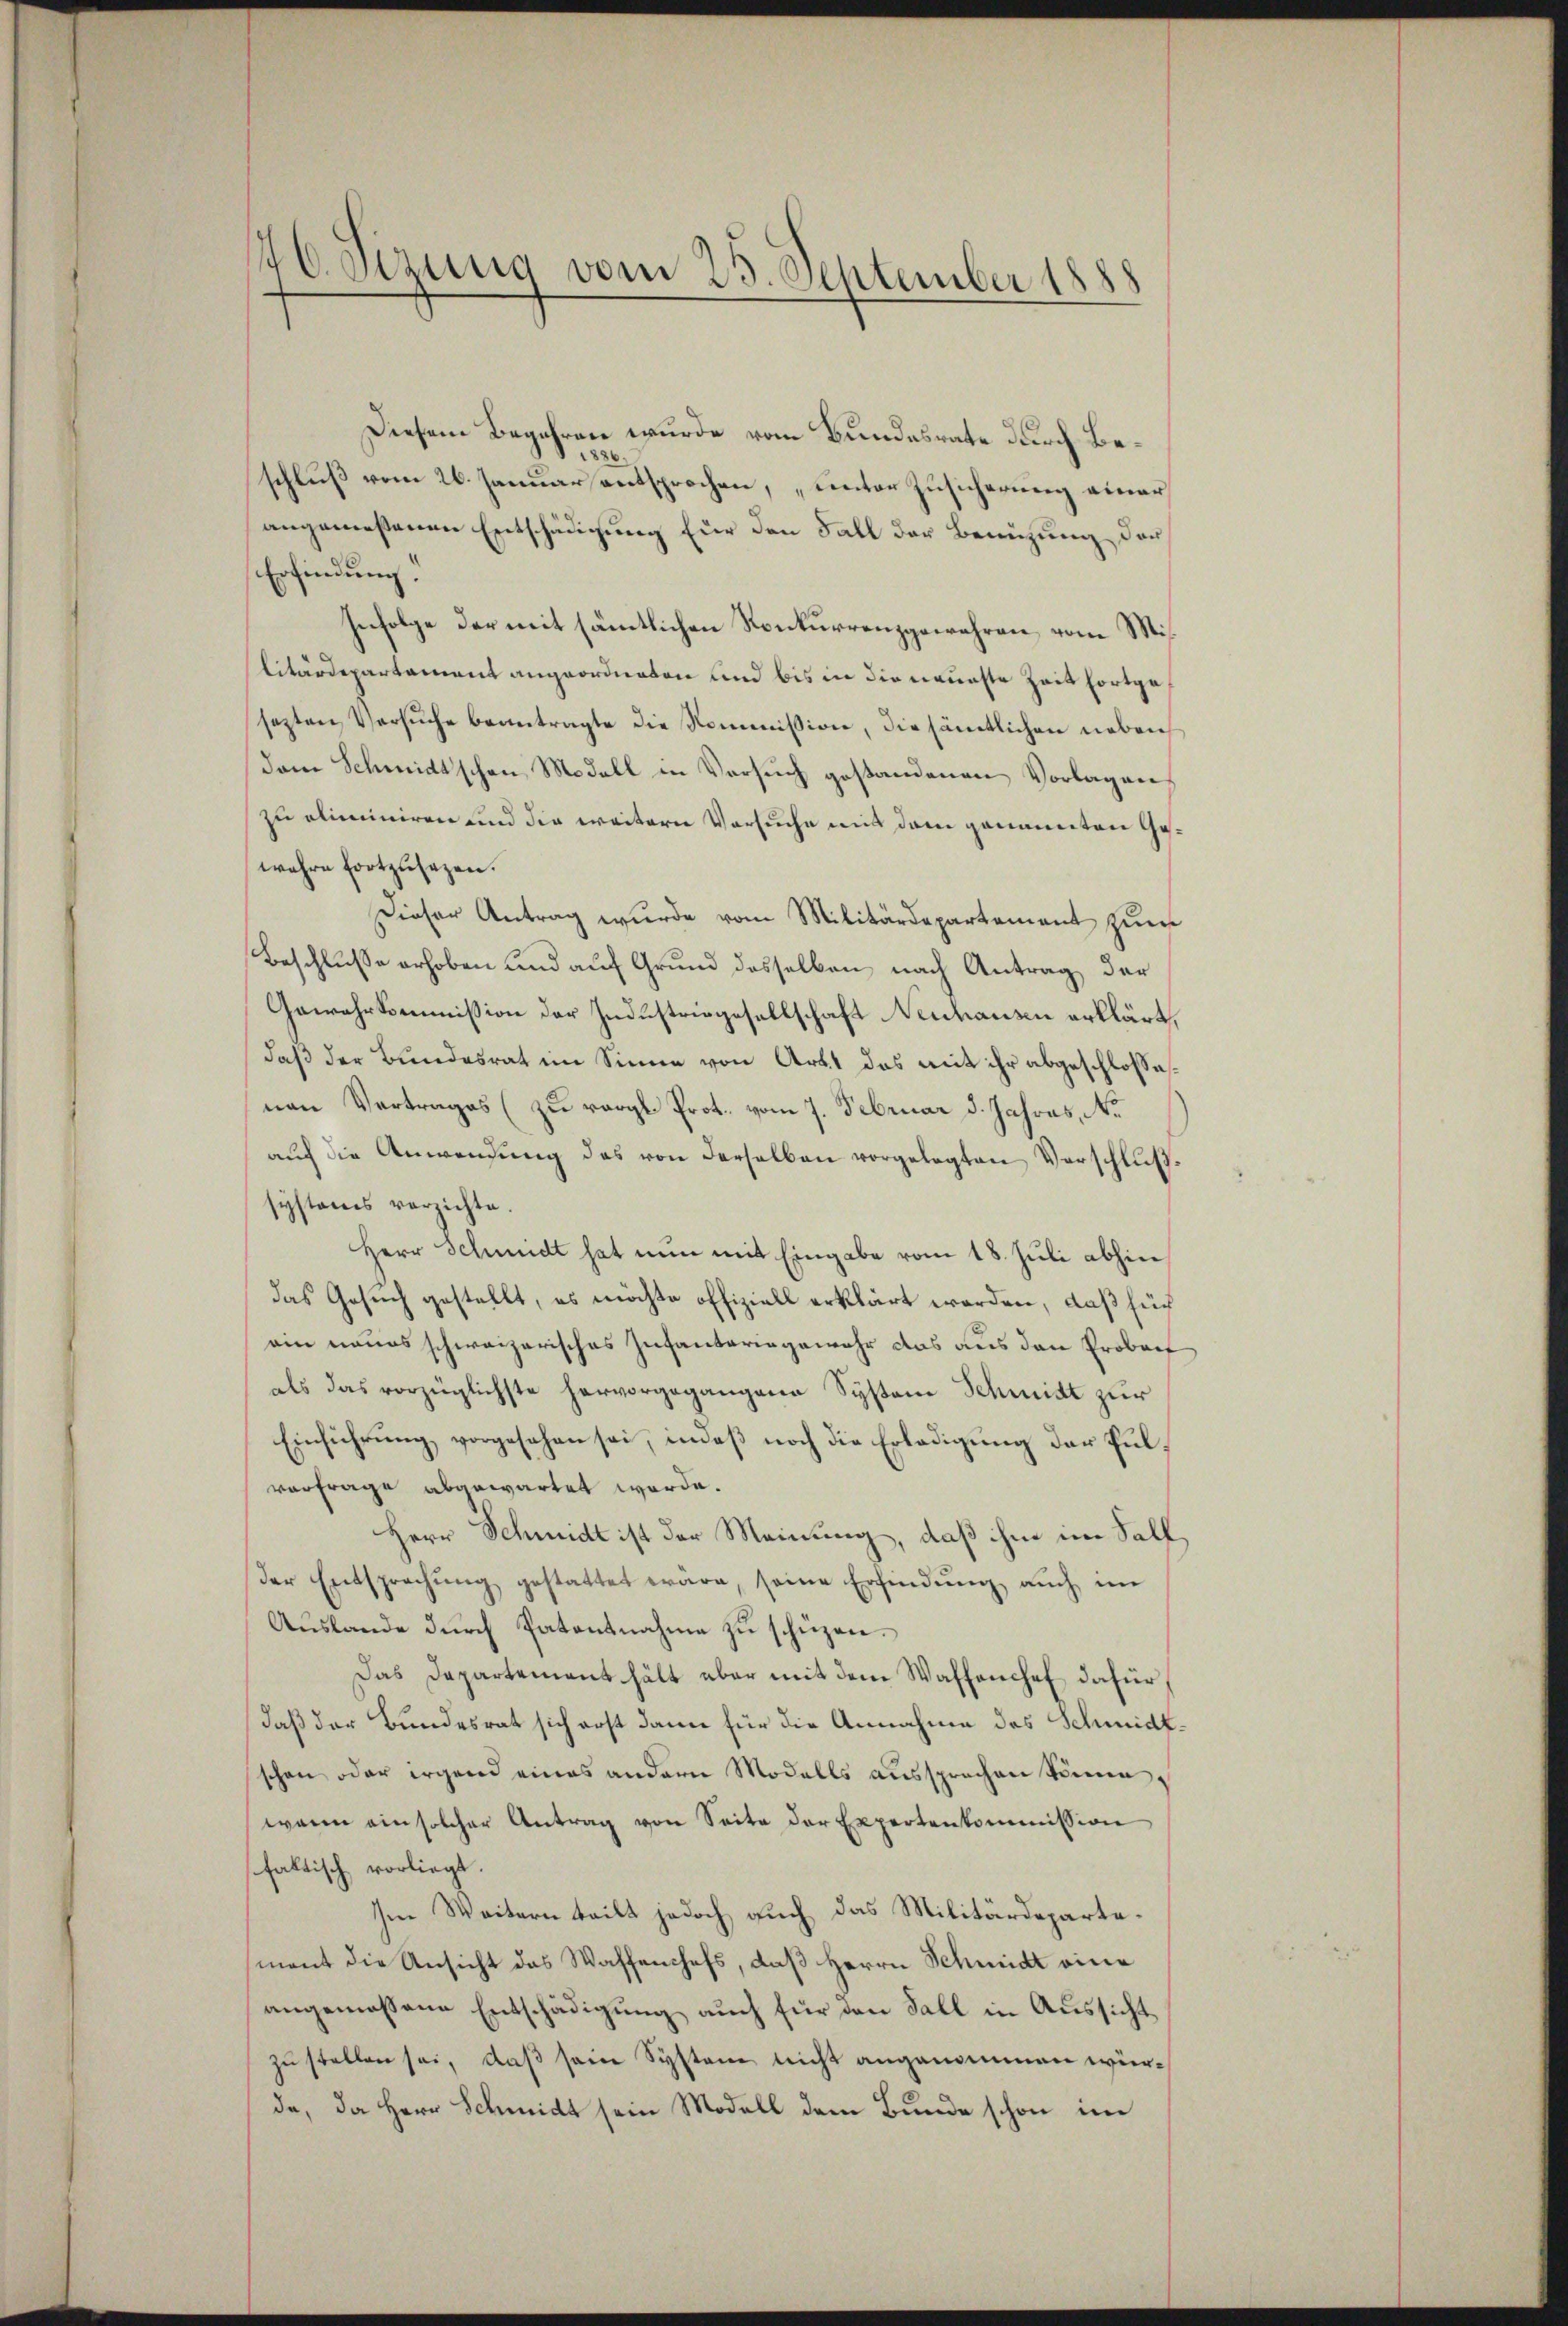
46. Sizung vom 25. September 1888

Diesem Begehren wurde vom Bundesrate durch Be¬
1886.
schluß vom 26. Januar entsprochen, unter Zusicherung einer
angemeßenen Entschädigung für den Fall der Benuzung der
Erfindung.
Infolge der mit sämtlichen Konkurrenzgewehren, von Militärdepartament angeordneten und bis in die neueste Zeit fortgesezten Versuche beantragte die Kommission, die sämtlichen neben
dam Schmidtschen Modell in Versuch gestandenen Vorlagens
zu eliminiren und die weitern Versuche mit dem genannten Gewahre fortzusezen.
Dieser Antrag wurde vom Militärdepartement zum
Beschlusse erhoben und auf Grund desselben nach Antrag der
Gewehrkommission der Industriegesellschaft Neuhausen erklärt,
daß der Bundesrat im Sinne von Art. das mit ihr abgeschlossenen Vertrages (zu vergl. Prot. vom 7. Februar d. Jahres, No
aŭf die Anwendŭng des von derselben vorgelegten Verschlŭβ-
systems verzichte.
Herr Schmidt hat nun mit Eingabe vom 18. Jŭli abhin
das Gesuch gestellt, es möchte offiziell erklärt worden, daß sich
ein neues schweizerisches Infantariagemehr das aus den Proberf
als das vorzüglichste hervorgegangene System Schmitt zur
Einführung vorgesehen sei, indeß noch die Erledigung der Pulvorfrage abgewartet werde.
Herr Schmidt ist der Meinung, daß ihm im Sall,
der Entsprechŭng gestattet wäre, seine Erfindŭng aŭch im
Auslande durch Patentnahme zu schüzen.
Das Departementhält aber mit dem Waffenchef dafür,
daß der Bundesrat sich erst dann für die Annahme des Schmidt.
schon oder irgend eines andern Modalls aussprechen könne
wann ein solcher Antrag von Seite der Expertenkommission
faltisch vorliegt.
Im Weitern teilt jedoch auch das Militärdepartemont die Ansicht das Waffenchefs, daß Herrn Schmidt eine
angemessene Entschädigung auch für den Fall in Aussicht
zu stellen sei, daß sein Systeme nicht angenommen würda, da Herr Schmidt sein Modell dem Bunde schon im